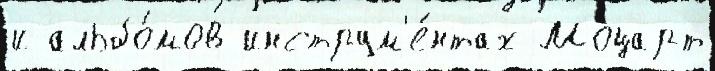
и альбо́мов инструм'е́нтах Моцарт